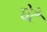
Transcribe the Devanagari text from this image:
घेटे